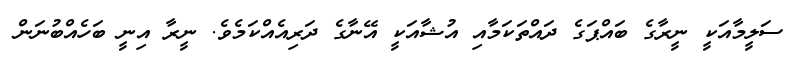
ސަލީމާއަކީ ނީރާގެ ބައްޕަގެ ދައްތަކަމާއި އުޝާއަކީ އޭނާގެ ދަރިއެއްކަމެވެ. ނީރާ އިނީ ބަހެއްބުނަން